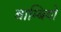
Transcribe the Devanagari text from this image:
बाम्बियों